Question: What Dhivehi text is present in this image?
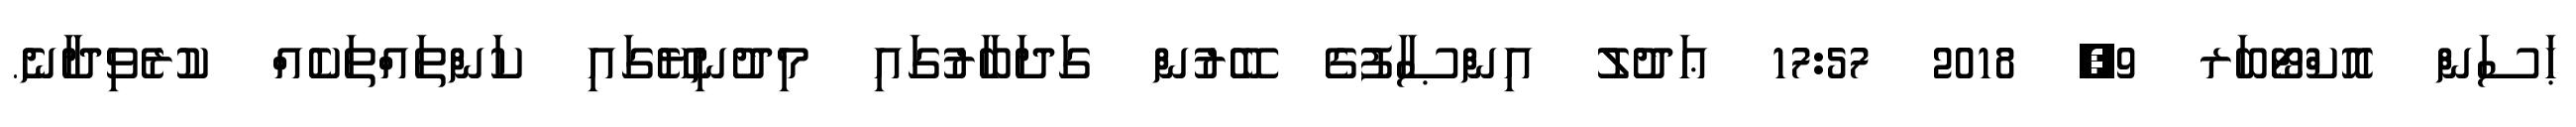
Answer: ޙަސަން އޮކްޓޯބަރ 9, 2018 17:57 ޢަދުލު އިންޞާފުގެ ބޭރުން ގަދަބާރުގައި މިދުނިޔޭގައި ކަންތައްތަކެއް ކުރެވިދާނެ.